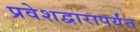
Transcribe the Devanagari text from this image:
प्रवेशद्वारापर्यंत